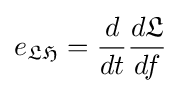
e_{\mathfrak {LH}}={\frac {d}{dt}}{\frac {d{\mathfrak {L}}}{df}}